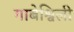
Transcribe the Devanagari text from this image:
गाबेश्विली